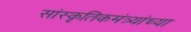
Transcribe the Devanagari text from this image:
सांस्कृतिकमंत्र्यांच्या